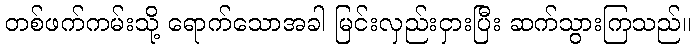
တစ်ဖက်ကမ်းသို့ ရောက်သောအခါ မြင်းလှည်းငှားပြီး ဆက်သွားကြသည်။